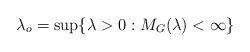
LaTeX: \begin{align*}\lambda_o = \sup\{ \lambda>0 : M_G(\lambda) < \infty \}\,\end{align*}